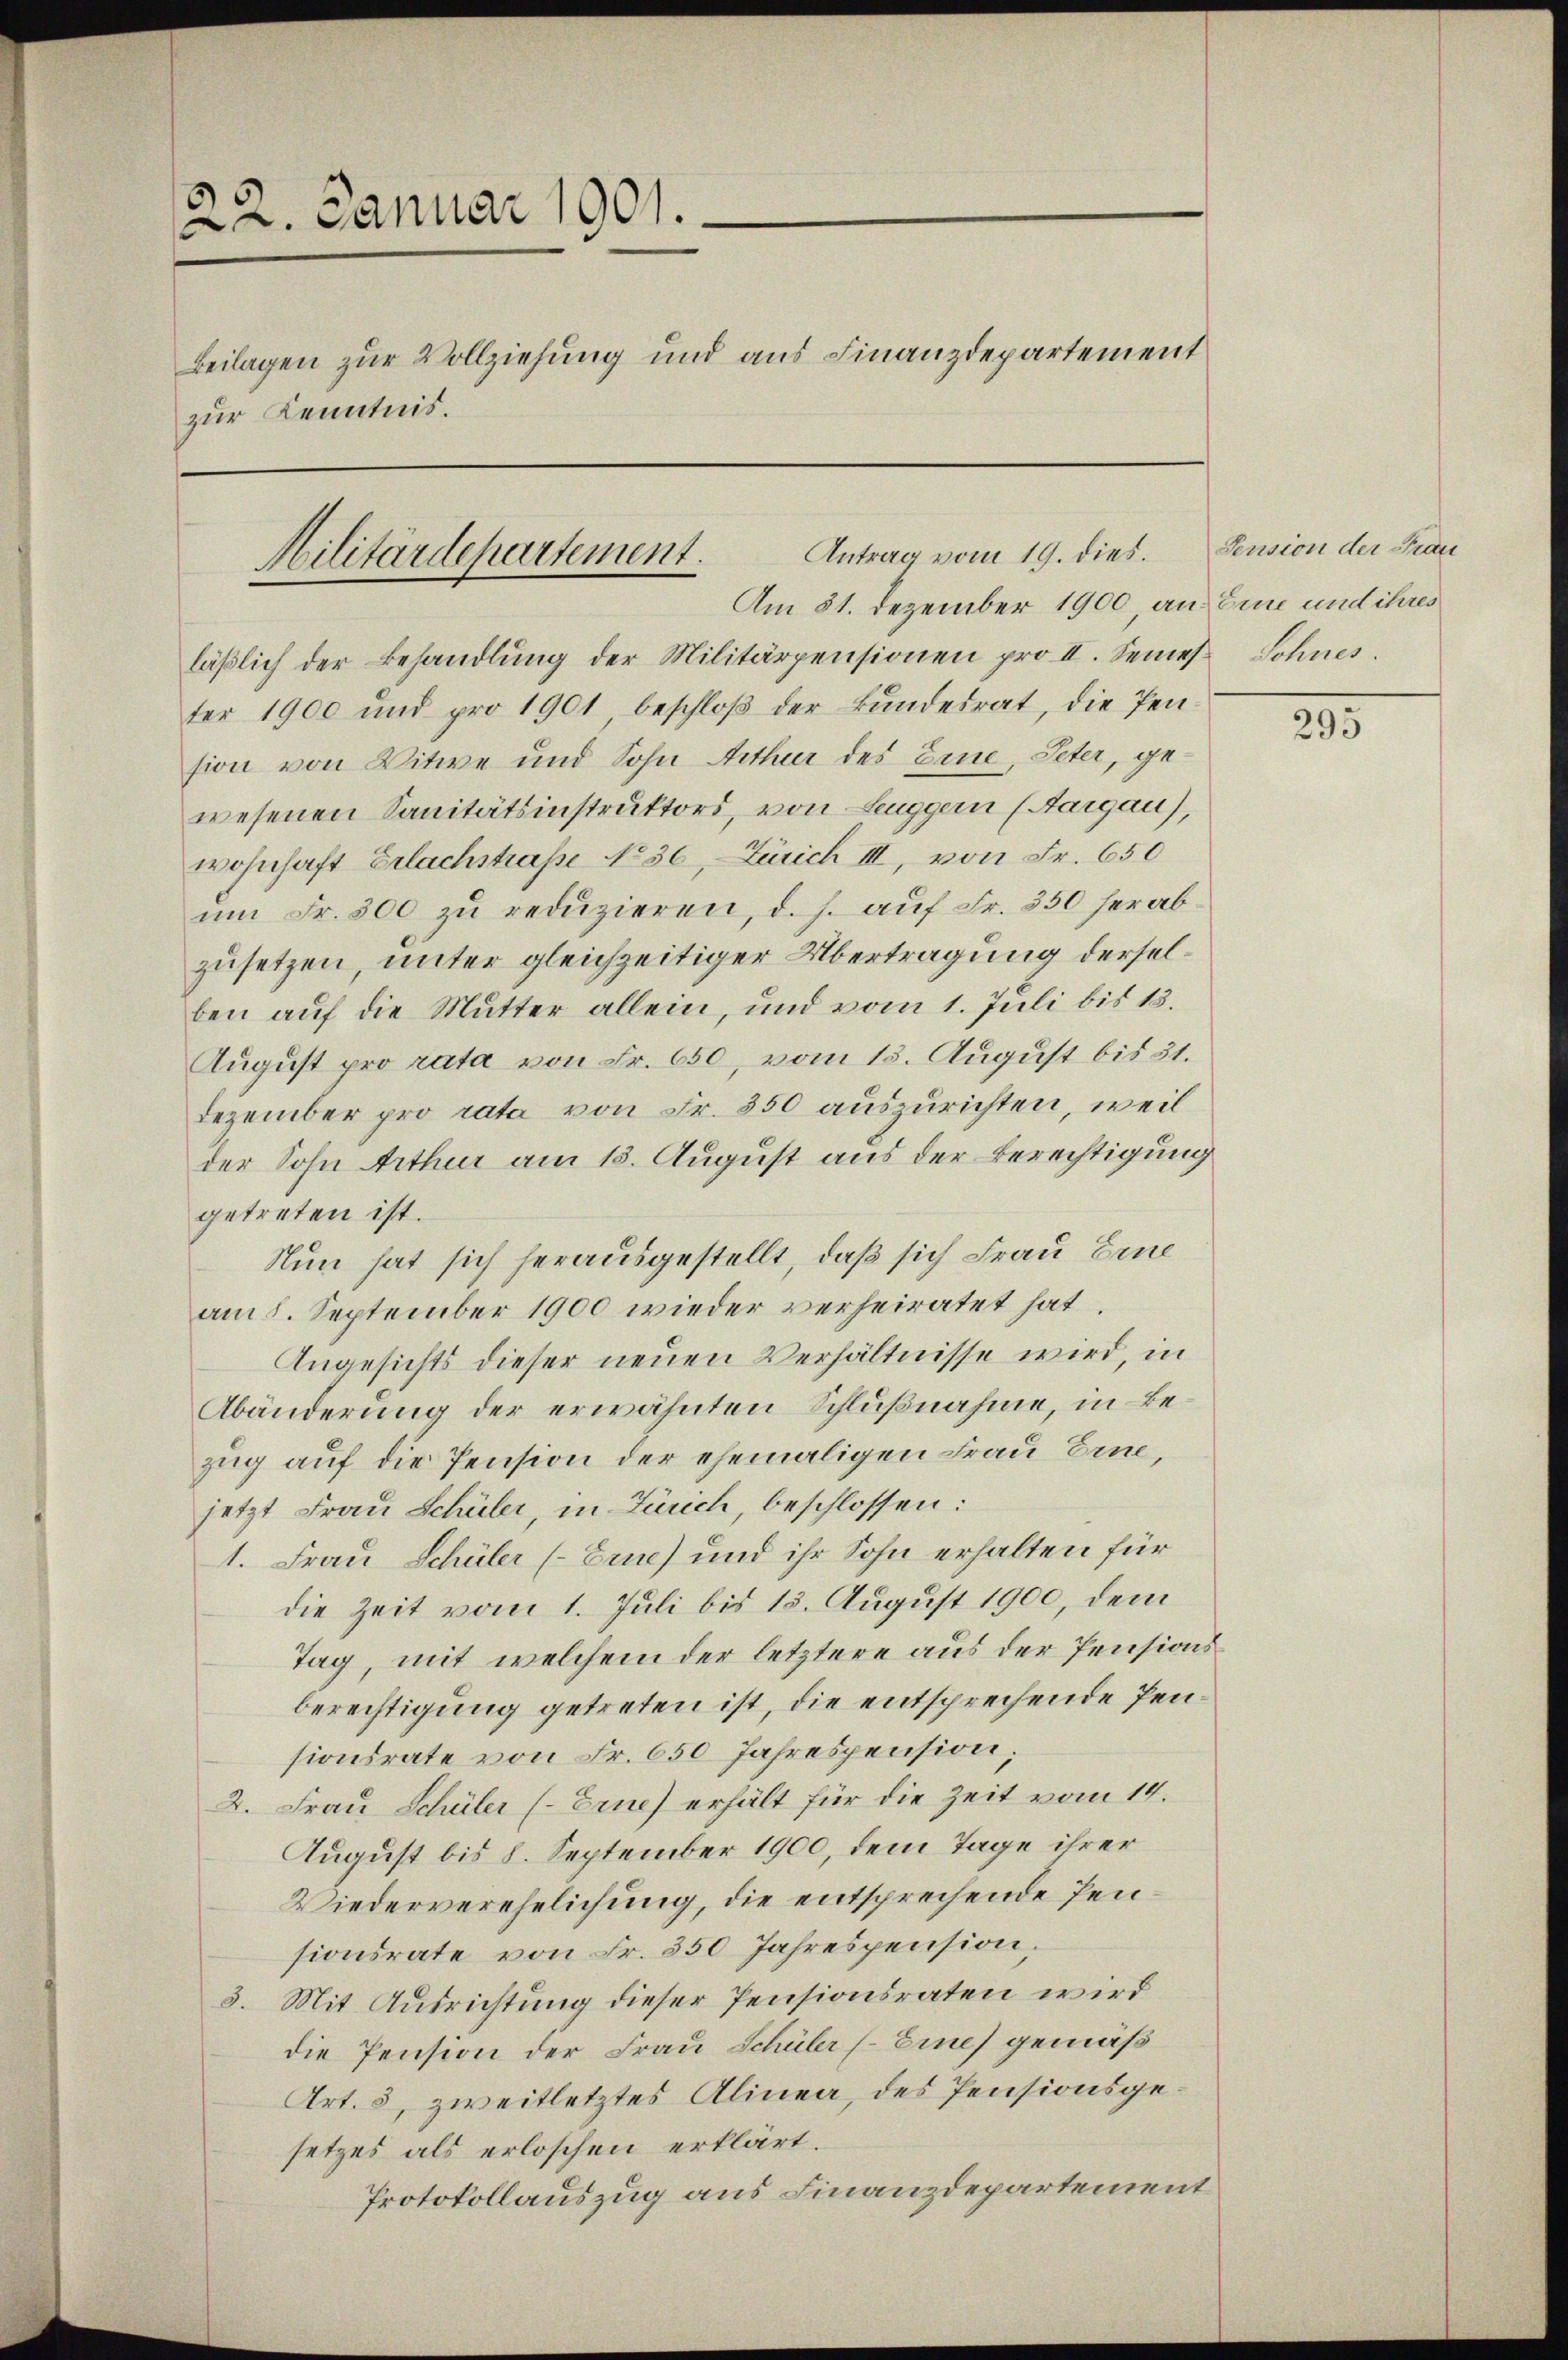
22. Januar 1901.
Beilagen zur Vollziehung und aus Finanzdepartement
zur Kenntnis.

Antrag vom 19. dies
Militärdepartement.
Am 31. Dezember 1900, an Eine und ihres

läβlich der Behandlŭng der Militärpensionen pro II. Seines Sohnes
ter 1900 und pro 1901 beschloβ der Bŭndesrat, die Pen
sion von Witwe und Sohn Arthur des Eine, Peter, gewesenen Sanitätsinstruktors, von Leuggern (Aargau),
wohnhaft Erlachstraße No 36, Zürich III, von Fr. 650
ŭm Fr. 300 zu redŭzieren, d. h. auf Fr. 350 herab
zusetzen, unter gleichzeitiger Übertragung derselben auf die Mutter allein, und vom 1. Juli bis 13.
August pro rata von Fr. 650, vom 13. August bis 31.
Dezember pro rata von Fr. 350 auszurichten, weil
der Sohn Arthur am 15. August aus der Berechtigung
getreten ist.
Nun hat sich herausgestellt, daß sich Frau Eine
am 5. September 1900 wieder verheiratet hat.
Angesichts dieser neuen Verhältnisse wird, in
Abänderung der erwähnten Schlußnahme, in Bezug auf die Pension der ehemaligen Frau Eine,
jetzt Frau Schüler, in Zürich, beschlossen:
1. Frau Schüler (Erue) und ihr Sohn erhalten für
die Zeit vom 1. Juli bis 15. August 1900, dem
Tag, mit welchem der letztere aus der Pensionsberechtigung getreten ist, die entsprechende Pensionsrate von Fr. 650 Jahrespension;
2. Frau Schüler (Erue) erhält für die Zeit vom 14.
August bis 8. September 1900, dem Tage ihrer
Wiederverehelichung, die entsprechende Pensionsrate von Fr. 350 Jahrespension,
3. Mit Ausrichtung dieser Pensionsraten wird
die Pension der Frau Schüler (Eines gemäß¬
Art. 8, zweitletztes Alinea, des Pensionsgesetzes als erloschen erklärt.
Protokollauszug aus Finanzdepartement

Pension der Frau

295